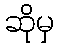
ဆိုမှ